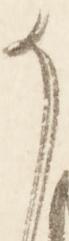
か